system: You are a helpful assistant.
user:
Analyze the provided spectrum to determine if it is a **Carbon Star (C-type)**.

- **Key Visual Indicators of Carbon Star:**
    - **(Primary):** Strong molecular absorption from **C₂ (diatomic carbon) "Swan Bands."** This is the **defining feature** of a carbon star.
        - **(Key Bandheads):** Sharp absorption edges are visible at approximately $5635$ Å, $5165$ Å (the strongest band), and $4737$ Å.
        - **(Line Profile):** Creates a distinct **"saw-tooth"** pattern. The key morphology is a sharp, steep bandhead on the **red (long-wavelength) side**, which then gradually tapers off (i.e., flux recovers) towards the **blue (short-wavelength) side**. *(This is the direct opposite of the TiO bands seen in M-type stars)*.

    - **(Secondary):** Intense **CN (cyanogen)** molecular absorption bands.
        - **(Key Bandheads):** Located in the blue and violet regions of the spectrum (e.g., near $4215$ Å and $3883$ Å).
        - **(Morphology):** These bands are extremely broad and act as a "blanket," absorbing the vast majority of blue and violet light. This creates a characteristic **"cliff"** or **"steep drop-off"** in the spectrum's flux at short wavelengths.

    - **(Key Confirmation):** Strong **CH absorption band (G-band)**.
        - **(Key Bandhead):** Located around $4300$ Å. The contribution from CH molecules to this band is exceptionally strong.

    - **(Overall Spectrum):**
        - The continuum is severely "chopped up" by these deep molecular bands, especially C₂, rather than appearing as a smooth curve.
        - Due to the heavy CN and C₂ absorption in the blue-green, the vast majority of the star's flux is concentrated in the red part of the spectrum, giving the star its characteristic deep red color.

Think first, call **spectral_visualization_tool** if needed to examine features in detail, then provide your final answer. Your response must adhere to the following strict rules:
1.  **Overall Structure:** Your response must follow the format `<think>...</think> <tool_call>...</tool_call> (if a tool is used) <answer>...</answer>`.
2.  **Tool Usage Constraint:** You may only make **one** tool call per turn.
3.  **Final Answer Format:** In the `<answer>` tag, your conclusion must be inside a `\boxed{}` command (e.g., `\boxed{YES}`), followed by your justification.

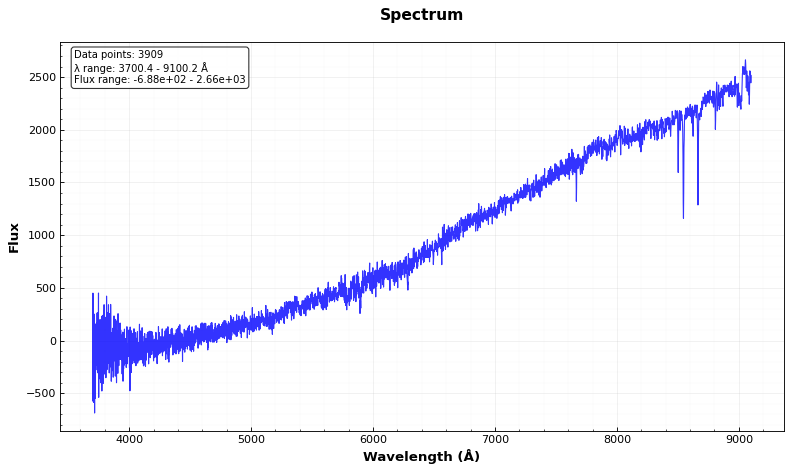
Answer: NO